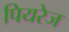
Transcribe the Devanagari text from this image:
पियरेज